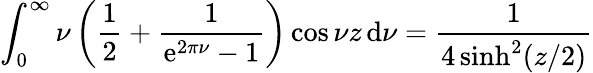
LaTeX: \int_{0}^{\infty}\nu\left(\frac{1}{2}+\frac{1}{\mathrm{e}^{2\pi\nu}-1}\right)\cos\nu z\, \mathrm{d}\nu=\frac{1}{4\sinh^{2}(z/2)}